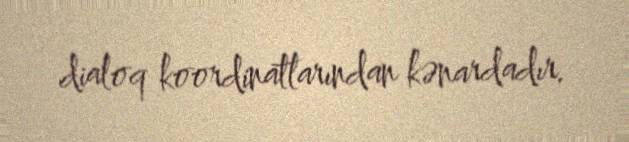
dialoq koordinatlarından kənardadır.